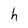
Character: h